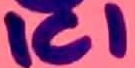
Text: ICI